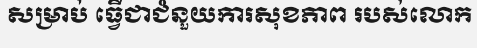
សម្រាប់ ធ្វើជាជំនួយការសុខភាព របស់លោក